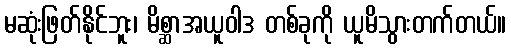
မဆုံးဖြတ်နိုင်ဘူး၊ မိစ္ဆာအယူဝါဒ တစ်ခုကို ယူမိသွားတက်တယ်။